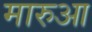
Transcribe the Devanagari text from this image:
मारुआ